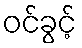
ဝင်ခွင့်